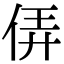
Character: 㑝